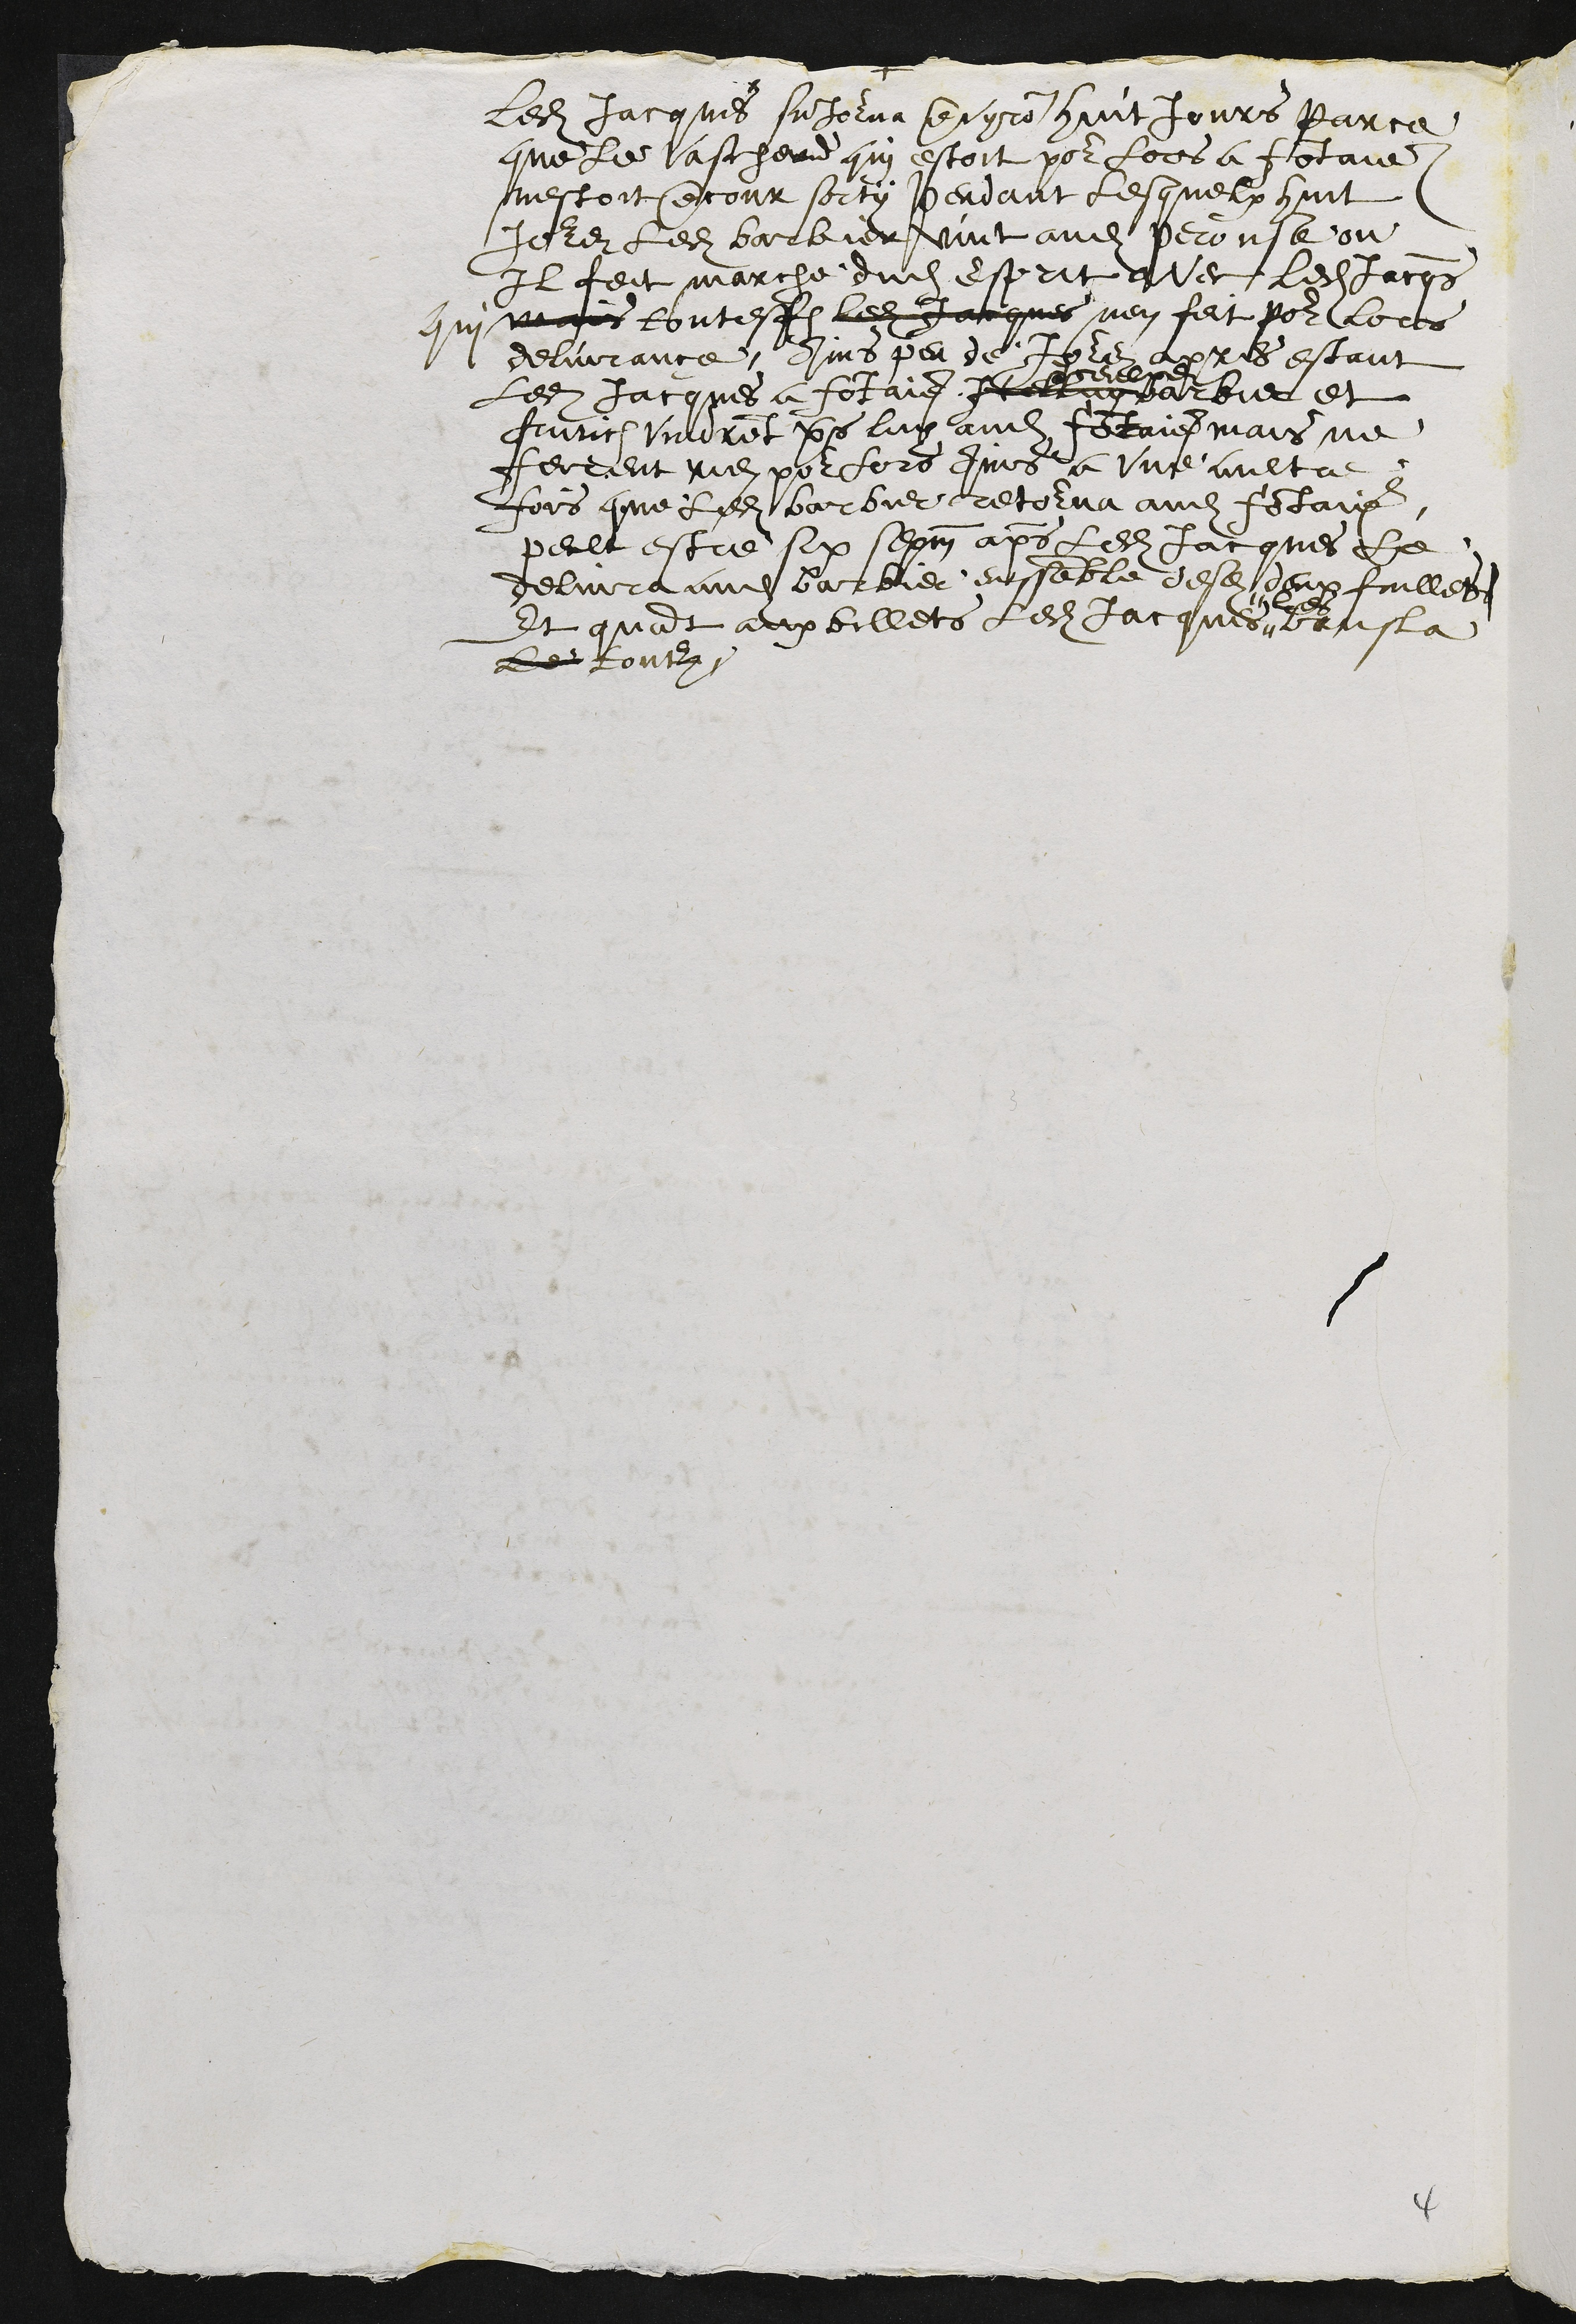
ledit Jacques sejourna envyron huit jours parce
que le vascherond qui estoit pour lors a Fontaine
nestoit encour sorty pendant lesquelx huit
jours ledit barbier vint audit Perouse ou
Il feit marche dudit Esprit avec ledit Jacques
qui mais toutesfois ledit Jacques nen feit pour lors
delivrance, Ains peu de Jours apres estant
ledit Jacques a fontaine
ledit
Iceluy barbier et
frurich vindrent vers luy audit fontaine mais ne
ferrent rien pour lors Ains a une aultre
fois que ledit barbier retourna audit fontaine
peult estre six sepm apres ledit Jacques le
delivra audit Barbier enssemble desdits deux fuilles
Et quant aux billets ledit Jacques
les
brusla
le touts

4